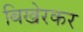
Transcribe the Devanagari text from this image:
बिखेरकर